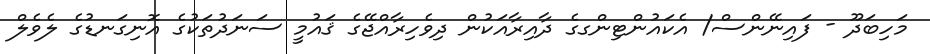
މަހިބަދޫ - ފައިނޭންސް/ އެކައުންޓިންގގެ ދާއިރާއަކުން ދިވެހިރާއްޖޭގެ ޤައުމީ ސަނަދުތަކުގެ އޮނިގަނޑުގެ ލެވެލް